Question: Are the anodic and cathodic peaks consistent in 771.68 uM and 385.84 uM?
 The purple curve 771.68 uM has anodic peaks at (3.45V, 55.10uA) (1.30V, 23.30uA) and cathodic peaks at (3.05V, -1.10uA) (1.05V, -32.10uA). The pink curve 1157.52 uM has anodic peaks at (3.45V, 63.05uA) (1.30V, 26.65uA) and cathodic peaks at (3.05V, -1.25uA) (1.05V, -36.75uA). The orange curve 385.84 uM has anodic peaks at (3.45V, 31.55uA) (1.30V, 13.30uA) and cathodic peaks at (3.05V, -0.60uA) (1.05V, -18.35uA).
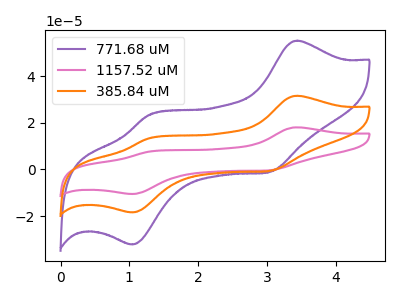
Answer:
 <answer>Yes, "771.68 uM" have a peak in "385.84 uM" at the same potential.</answer>
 <eval>match</eval>